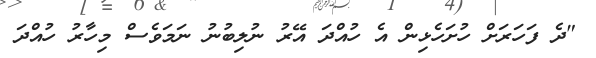
"ދެ ފަހަރަށް ހުށަހެޅިން އެ ހުއްދަ އޭރު ނުލިބުނު ނަމަވެސް މިހާރު ހުއްދަ